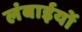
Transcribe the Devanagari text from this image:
लंबाईयों